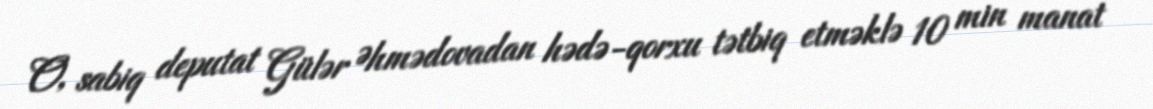
O, sabiq deputat Gülər Əhmədovadan hədə-qorxu tətbiq etməklə 10 min manat